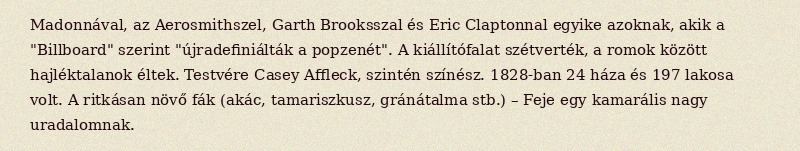
Madonnával, az Aerosmithszel, Garth Brooksszal és Eric Claptonnal egyike azoknak, akik a "Billboard" szerint "újradefiniálták a popzenét". A kiállítófalat szétverték, a romok között hajléktalanok éltek. Testvére Casey Affleck, szintén színész. 1828-ban 24 háza és 197 lakosa volt. A ritkásan növő fák (akác, tamariszkusz, gránátalma stb.) – Feje egy kamarális nagy uradalomnak.